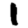
Digit: 1